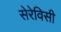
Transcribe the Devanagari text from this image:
सेरेविसी